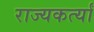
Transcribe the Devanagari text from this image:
राज्यकर्त्यां